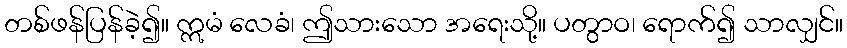
တစ်ဖန်ပြန်ခဲ့၍။ ဣမံ လေခံ၊ ဤသားသော အရေးသို့။ ပတွာဝ၊ ရောက်၍ သာလျှင်။